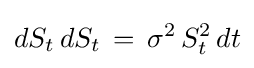
dS_{t}\,dS_{t}\,=\,\sigma ^{2}\,S_{t}^{2}\,dt